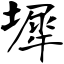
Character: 墀